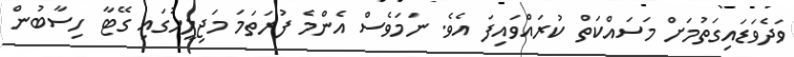
ވަދެވަޑައިގަތުމަށް މަސައްކަތް ކުރައްވައިފަ އެވެ. ނަމަވެސް އެންމެ ފުރަތަމަ މަޖިލީހުގައި ގޭޓާ ހިސާބުން